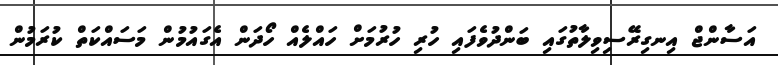
އަސާންޖް އިނގިރޭސިވިލާތުގައި ބަންދުވެފައި ހުރި ހުރުމަށް ހައްލެއް ހޯދަން އެގައުމުން މަސައްކަތް ކުރަމުން